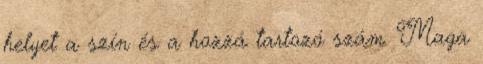
helyet a szín és a hozzá tartozó szám. Maga